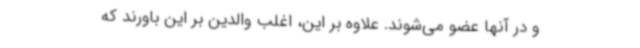
و در آنها عضو می‌شوند. علاوه بر این، اغلب والدین بر این باورند که